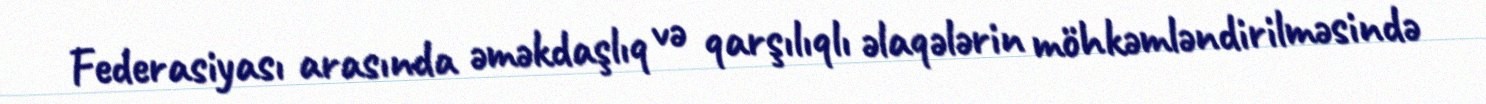
Federasiyası arasında əməkdaşlıq və qarşılıqlı əlaqələrin möhkəmləndirilməsində